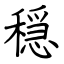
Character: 穏